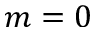
m = 0